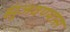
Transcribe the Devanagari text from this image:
झुंजवण्यास